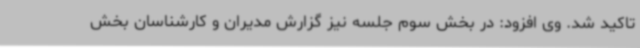
تاکید شد. وی افزود: در بخش سوم جلسه نیز گزارش مدیران و کارشناسان بخش